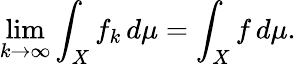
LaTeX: \operatorname*{lim}_{k\to\infty}\int_{X}f_{k}\, d\mu=\int_{X}f\, d\mu.